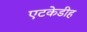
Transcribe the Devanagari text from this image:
एटकेडीह